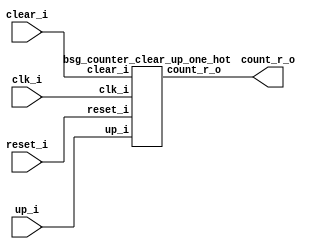


module top
(
  clk_i,
  reset_i,
  clear_i,
  up_i,
  count_r_o
);

  output [64:0] count_r_o;
  input clk_i;
  input reset_i;
  input clear_i;
  input up_i;

  bsg_counter_clear_up_one_hot
  wrapper
  (
    .count_r_o(count_r_o),
    .clk_i(clk_i),
    .reset_i(reset_i),
    .clear_i(clear_i),
    .up_i(up_i)
  );


endmodule



module bsg_counter_clear_up_one_hot
(
  clk_i,
  reset_i,
  clear_i,
  up_i,
  count_r_o
);

  output [64:0] count_r_o;
  input clk_i;
  input reset_i;
  input clear_i;
  input up_i;
  wire N0,N1,N2,N3,N4,N5,N6,N7,N8,N9,N10,N11,N12,N13,N14,N15,N16,N17,N18,N19,N20,N21,
  N22,N23,N24,N25,N26,N27,N28,N29,N30,N31,N32,N33,N34,N35,N36,N37,N38,N39,N40,N41,
  N42,N43,N44,N45,N46,N47,N48,N49,N50,N51,N52,N53,N54,N55,N56,N57,N58,N59,N60,N61,
  N62,N63,N64,N65,N66,N67,N68,N69,N70,N71,N72,N73,N74,N75,N76,N77,N78,N79,N80,N81,
  N82,N83,N84,N85,N86,N87,N88,N89,N90,N91,N92,N93,N94,N95,N96,N97,N98,N99,N100,N101,
  N102,N103,N104,N105,N106,N107,N108,N109,N110,N111,N112,N113,N114,N115,N116,N117,
  N118,N119,N120,N121,N122,N123,N124,N125,N126,N127,N128,N129,N130,N131,N132,N133,
  N134,N135,N136,N137,N138,N139,N140;
  wire [64:0] bits_n;
  reg [64:0] count_r_o;
  assign { N71, N70, N69, N68, N67, N66, N65, N64, N63, N62, N61, N60, N59, N58, N57, N56, N55, N54, N53, N52, N51, N50, N49, N48, N47, N46, N45, N44, N43, N42, N41, N40, N39, N38, N37, N36, N35, N34, N33, N32, N31, N30, N29, N28, N27, N26, N25, N24, N23, N22, N21, N20, N19, N18, N17, N16, N15, N14, N13, N12, N11, N10, N9, N8, N7 } = (N0)? { 1'b0, 1'b0, 1'b0, 1'b0, 1'b0, 1'b0, 1'b0, 1'b0, 1'b0, 1'b0, 1'b0, 1'b0, 1'b0, 1'b0, 1'b0, 1'b0, 1'b0, 1'b0, 1'b0, 1'b0, 1'b0, 1'b0, 1'b0, 1'b0, 1'b0, 1'b0, 1'b0, 1'b0, 1'b0, 1'b0, 1'b0, 1'b0, 1'b0, 1'b0, 1'b0, 1'b0, 1'b0, 1'b0, 1'b0, 1'b0, 1'b0, 1'b0, 1'b0, 1'b0, 1'b0, 1'b0, 1'b0, 1'b0, 1'b0, 1'b0, 1'b0, 1'b0, 1'b0, 1'b0, 1'b0, 1'b0, 1'b0, 1'b0, 1'b0, 1'b0, 1'b0, 1'b0, 1'b0, 1'b0, 1'b1 } : 
                                                                                                                                                                                                                                                                                                                                                (N1)? count_r_o : 1'b0;
  assign N0 = clear_i;
  assign N1 = N6;
  assign { N137, N136, N135, N134, N133, N132, N131, N130, N129, N128, N127, N126, N125, N124, N123, N122, N121, N120, N119, N118, N117, N116, N115, N114, N113, N112, N111, N110, N109, N108, N107, N106, N105, N104, N103, N102, N101, N100, N99, N98, N97, N96, N95, N94, N93, N92, N91, N90, N89, N88, N87, N86, N85, N84, N83, N82, N81, N80, N79, N78, N77, N76, N75, N74, N73 } = (N2)? { N70, N69, N68, N67, N66, N65, N64, N63, N62, N61, N60, N59, N58, N57, N56, N55, N54, N53, N52, N51, N50, N49, N48, N47, N46, N45, N44, N43, N42, N41, N40, N39, N38, N37, N36, N35, N34, N33, N32, N31, N30, N29, N28, N27, N26, N25, N24, N23, N22, N21, N20, N19, N18, N17, N16, N15, N14, N13, N12, N11, N10, N9, N8, N7, N71 } : 
                                                                                                                                                                                                                                                                                                                                                                                         (N3)? { N71, N70, N69, N68, N67, N66, N65, N64, N63, N62, N61, N60, N59, N58, N57, N56, N55, N54, N53, N52, N51, N50, N49, N48, N47, N46, N45, N44, N43, N42, N41, N40, N39, N38, N37, N36, N35, N34, N33, N32, N31, N30, N29, N28, N27, N26, N25, N24, N23, N22, N21, N20, N19, N18, N17, N16, N15, N14, N13, N12, N11, N10, N9, N8, N7 } : 1'b0;
  assign N2 = up_i;
  assign N3 = N72;
  assign bits_n = (N4)? { 1'b0, 1'b0, 1'b0, 1'b0, 1'b0, 1'b0, 1'b0, 1'b0, 1'b0, 1'b0, 1'b0, 1'b0, 1'b0, 1'b0, 1'b0, 1'b0, 1'b0, 1'b0, 1'b0, 1'b0, 1'b0, 1'b0, 1'b0, 1'b0, 1'b0, 1'b0, 1'b0, 1'b0, 1'b0, 1'b0, 1'b0, 1'b0, 1'b0, 1'b0, 1'b0, 1'b0, 1'b0, 1'b0, 1'b0, 1'b0, 1'b0, 1'b0, 1'b0, 1'b0, 1'b0, 1'b0, 1'b0, 1'b0, 1'b0, 1'b0, 1'b0, 1'b0, 1'b0, 1'b0, 1'b0, 1'b0, 1'b0, 1'b0, 1'b0, 1'b0, 1'b0, 1'b0, 1'b0, 1'b0, 1'b1 } : 
                  (N5)? { N137, N136, N135, N134, N133, N132, N131, N130, N129, N128, N127, N126, N125, N124, N123, N122, N121, N120, N119, N118, N117, N116, N115, N114, N113, N112, N111, N110, N109, N108, N107, N106, N105, N104, N103, N102, N101, N100, N99, N98, N97, N96, N95, N94, N93, N92, N91, N90, N89, N88, N87, N86, N85, N84, N83, N82, N81, N80, N79, N78, N77, N76, N75, N74, N73 } : 1'b0;
  assign N4 = reset_i;
  assign N5 = N138;
  assign N6 = ~clear_i;
  assign N72 = ~up_i;
  assign N138 = ~reset_i;
  assign N139 = N140 | clear_i;
  assign N140 = reset_i | up_i;

  always @(posedge clk_i) begin
    if(N139) begin
      { count_r_o[64:0] } <= { bits_n[64:0] };
    end 
  end


endmodule